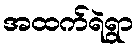
အထက်ရဲရွာ